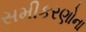
સમીકરણોના